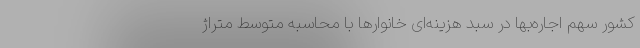
کشور سهم اجاره‌بها در سبد هزینه‌ای خانوارها با محاسبه متوسط متراژ